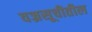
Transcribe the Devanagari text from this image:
वज्रसूचीतील